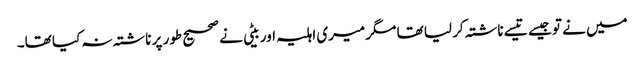
میں نے تو جیسے تیسے ناشتہ کر لیا تھا مگر میری اہلیہ اور بیٹی نے صحیح طور پر ناشتہ نہ کیا تھا۔